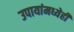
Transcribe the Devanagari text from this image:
उपायांमध्येही